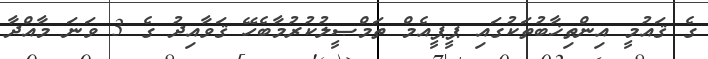
ގެ ޤައުމީ އިންތިޚާބުތަކުގައި ޕީޕީއެމް ތަމްޞީލުކުރުމާބެހޭ ޤަވާއިދު ގެ 3 ވަނަ މާއްދާ